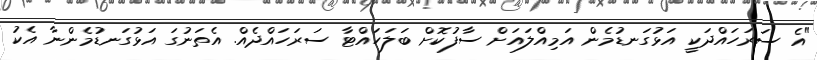
"އެ ސަރަހައްދަކީ އަޅުގަނޑުމެން އަމިއްލައަށް ސާފުކޮށް ބަލަހައްޓާ ސަރަހައްދެއް. އެތަނުގަ އަޅުގަނޑުމެންނާ އެކު